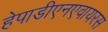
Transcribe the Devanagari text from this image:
हेपाडीएनएवायरस